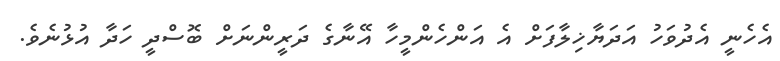
އެހެނީ އެދުވަހު އަދަޔާޚިލާފަށް އެ އަންހެންމީހާ އޭނާގެ ދަރީންނަށް ބޮސްދީ ހަދާ އުޅުނެވެ.